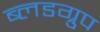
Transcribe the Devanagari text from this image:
ब्लडग्रुप